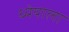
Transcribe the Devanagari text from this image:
ध्येयाला